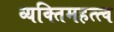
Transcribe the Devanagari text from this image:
व्यक्‍तिमहत्त्व